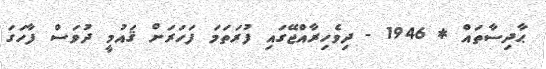
ޙާދިސާތައް * 1946 - ދިވެހިރާއްޖޭގައި ފުރަތަމަ ފަހަރަށް ޤައުމީ ދުވަސް ފާހަގަ